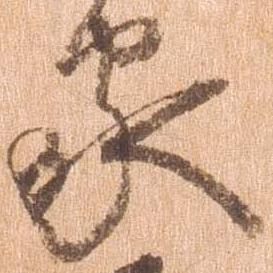
家